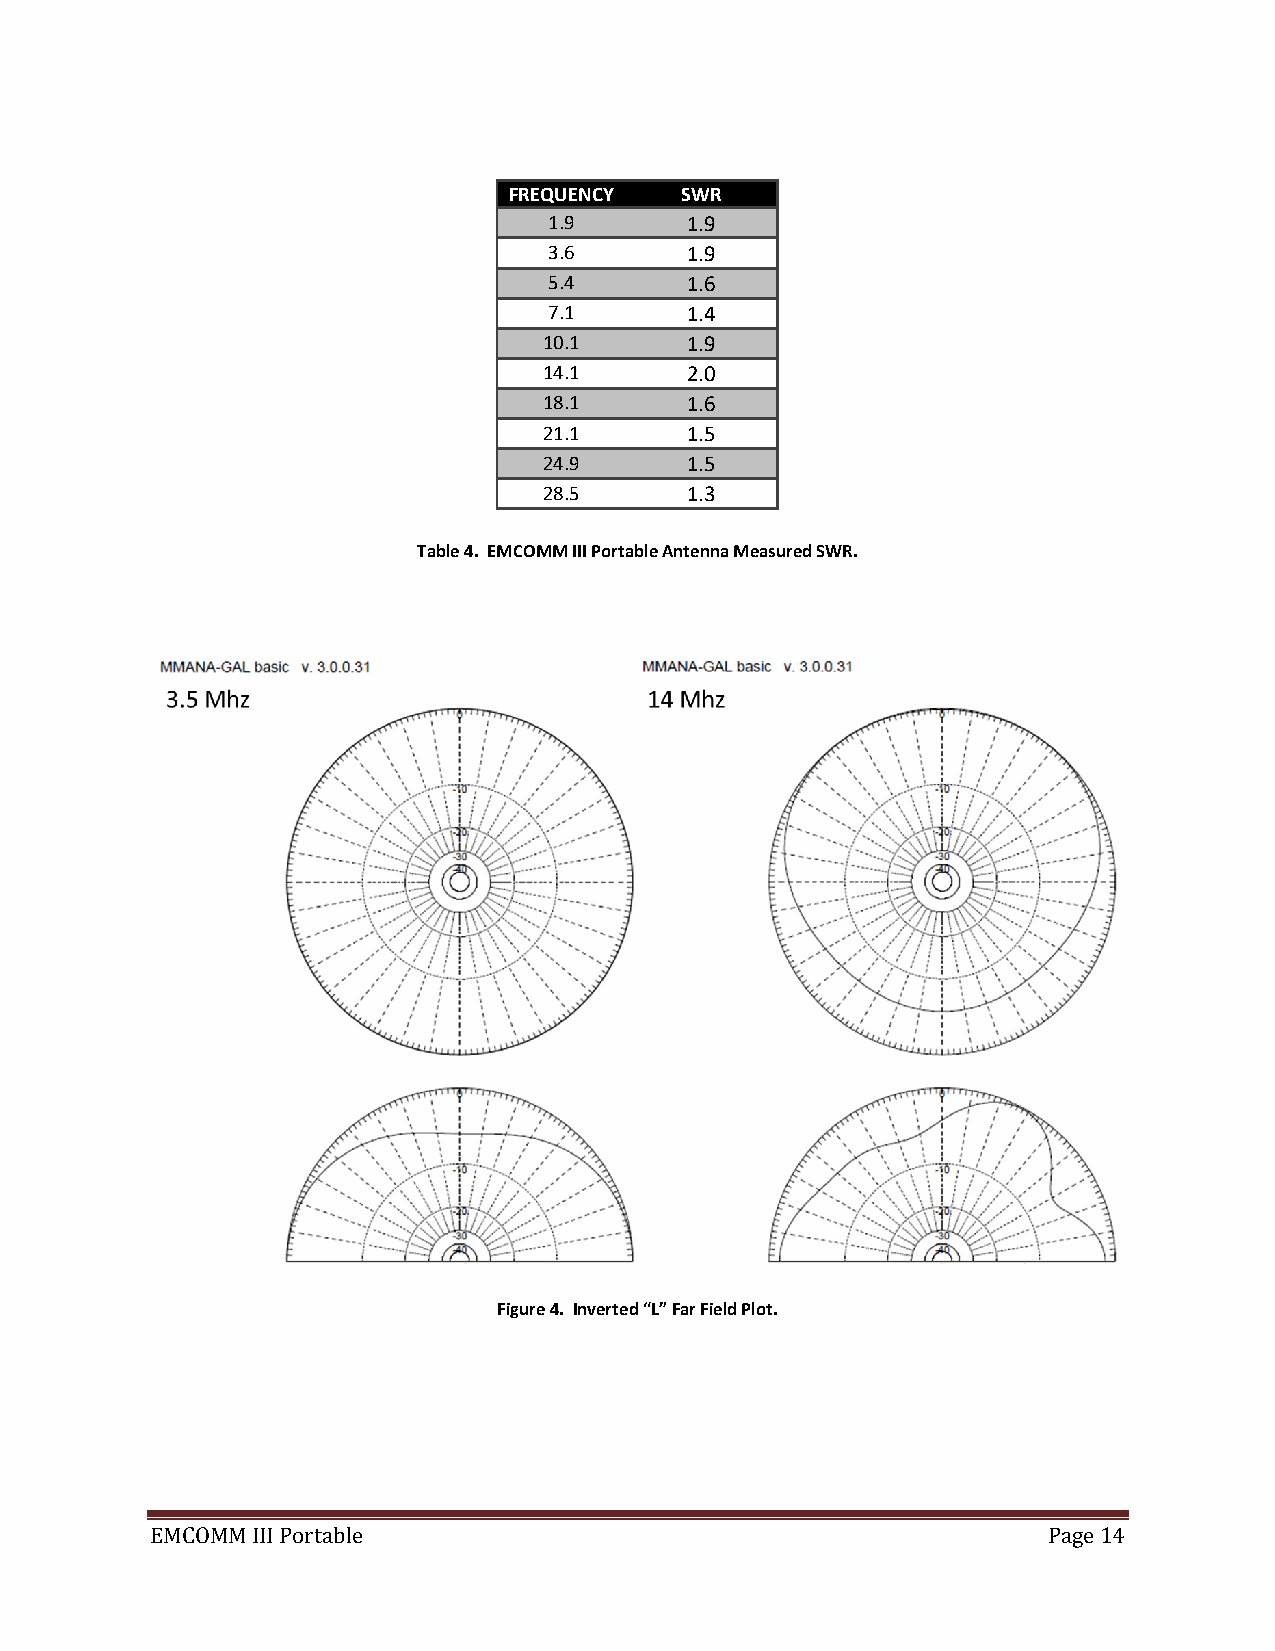
FREQUENCY  SWR
 1.9      1.9
 3.6      1.9
 5.4      1.6
 7.1      1.4
 10.1     1.9
 14.1     2.0
 18.1     1.6
 21.1     1.5
 24.9     1.5
 28.5     1.3
 Table 4. EMCOMM III Portable Antenna Measured SWR.
 Figure 4. Inverted “L” Far Field Plot.
 EMCOMM III Portable                                        Page 14